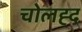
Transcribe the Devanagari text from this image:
चोलह्द